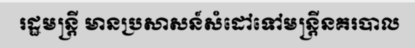
រដ្ឋមន្ត្រី មានប្រសាសន៍សំដៅទៅមន្ត្រីនគរបាល